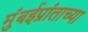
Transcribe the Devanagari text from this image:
मुंबईप्रांताच्या